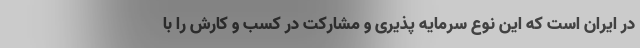
در ایران است که این نوع سرمایه پذیری و مشارکت در کسب و کارش را با